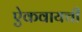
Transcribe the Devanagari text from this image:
ऐकवायची